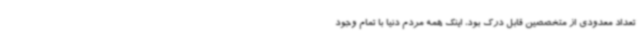
تعداد معدودی از متخصصین قابل درک بود، اینک همه مردم دنیا با تمام وجود